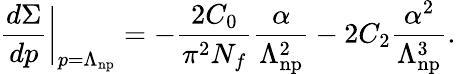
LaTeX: \frac{d\Sigma}{dp}\bigg|_{p=\Lambda_{\mathrm{np}}}=-\frac{2C_{0}}{\pi^{2}N_{f}}{\frac{\alpha}{\Lambda_{\mathrm{np}}^{2}}}-2C_{2}\frac{\alpha^{2}}{\Lambda_{\mathrm{np}}^{3}}.